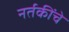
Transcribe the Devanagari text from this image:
नर्तकींचे